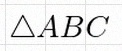
\triangle ABC